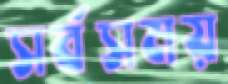
সর্বসময়